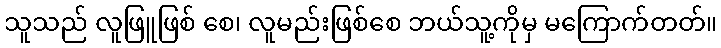
သူသည် လူဖြူဖြစ် စေ၊ လူမည်းဖြစ်စေ ဘယ်သူ့ကိုမှ မကြောက်တတ်။